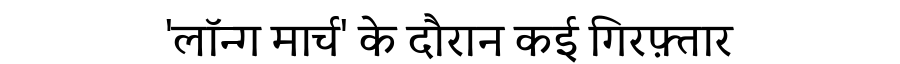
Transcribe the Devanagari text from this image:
'लॉन्ग मार्च' के दौरान कई गिरफ़्तार